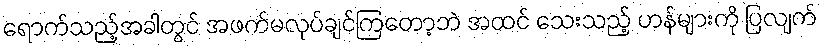
ရောက်သည့်အခါတွင် အဖက်မလုပ်ချင်ကြတော့ဘဲ အထင် သေးသည့် ဟန်များကို ပြလျက်